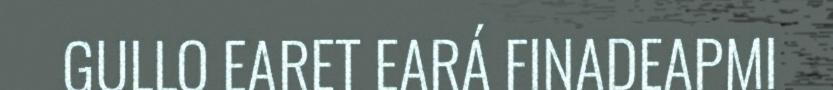
GULLO EARET EARÁ FINADEAPMI